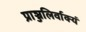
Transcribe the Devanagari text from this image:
प्राञ्जलिर्वाक्यं